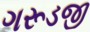
ગરૂડજી